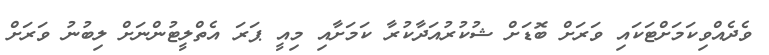
ވެދެއްވިކަމަށްޓަކައި ވަރަށް ބޮޑަށް ޝުކުރުއަދާކުރާ ކަމަށާއި މިއީ ޕަރަ އެތްލީޓުންނަށް ލިބުނު ވަރަށް